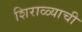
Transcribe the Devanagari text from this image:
शिराळ्याची